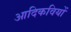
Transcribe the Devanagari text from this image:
आदिकवियों